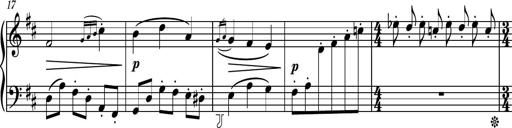
Title: Piano Sonatina No.4
Composer: Dimitri Sykias
Key: D major